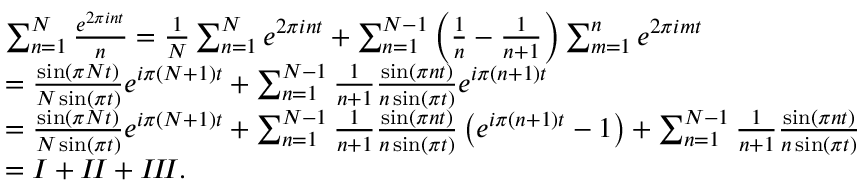
\begin{array} { r l } & { \sum _ { n = 1 } ^ { N } \frac { e ^ { 2 \pi i n t } } { n } = \frac { 1 } { N } \sum _ { n = 1 } ^ { N } e ^ { 2 \pi i n t } + \sum _ { n = 1 } ^ { N - 1 } \left( \frac { 1 } { n } - \frac { 1 } { n + 1 } \right) \sum _ { m = 1 } ^ { n } e ^ { 2 \pi i m t } } \\ & { = \frac { \sin \left( \pi N t \right) } { N \sin \left( \pi t \right) } e ^ { i \pi ( N + 1 ) t } + \sum _ { n = 1 } ^ { N - 1 } \frac { 1 } { n + 1 } \frac { \sin \left( \pi n t \right) } { n \sin \left( \pi t \right) } e ^ { i \pi ( n + 1 ) t } } \\ & { = \frac { \sin \left( \pi N t \right) } { N \sin \left( \pi t \right) } e ^ { i \pi ( N + 1 ) t } + \sum _ { n = 1 } ^ { N - 1 } \frac { 1 } { n + 1 } \frac { \sin \left( \pi n t \right) } { n \sin \left( \pi t \right) } \left( e ^ { i \pi ( n + 1 ) t } - 1 \right) + \sum _ { n = 1 } ^ { N - 1 } \frac { 1 } { n + 1 } \frac { \sin \left( \pi n t \right) } { n \sin \left( \pi t \right) } } \\ & { = I + I \! I + I \! I \! I . } \end{array}